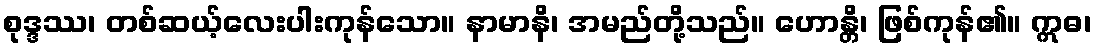
စုဒ္ဒဿ၊ တစ်ဆယ့်လေးပါးကုန်သော။ နာမာနိ၊ အမည်တို့သည်။ ဟောန္တိ၊ ဖြစ်ကုန်၏။ ဣဓ၊